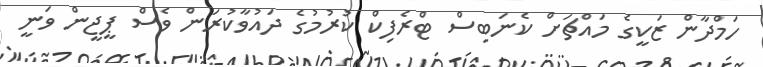
ހަމްދާން ޒަކީގެ މައްޗަށް ކެނަބިސް ޓްރެފިކް ކުރުމުގެ ދައުވާކުރަން ވެސް ޕީޖީން ވަނީ